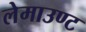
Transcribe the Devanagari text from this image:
लेमाउण्ट